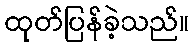
ထုတ်ပြန်ခဲ့သည်။